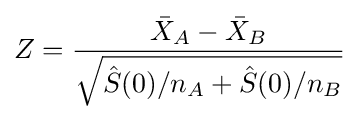
Z={\dfrac {{\bar {X}}_{A}-{\bar {X}}_{B}}{\sqrt {{\hat {S}}(0)/n_{A}+{\hat {S}}(0)/n_{B}}}}